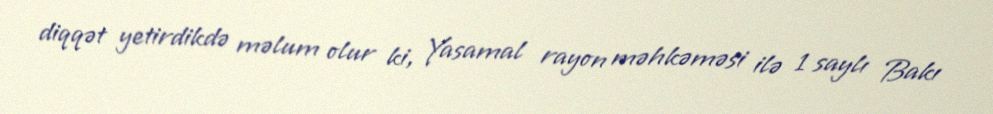
diqqət yetirdikdə məlum olur ki, Yasamal rayon məhkəməsi ilə 1 saylı Bakı